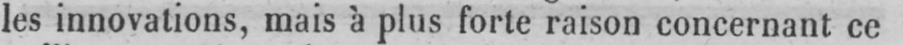
les innovations, mais à plus forte raison concernant ce